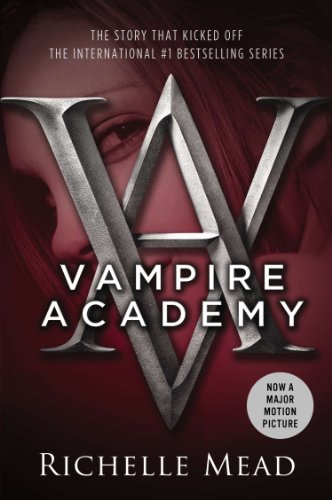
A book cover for Vampire Academy (Vampire Academy, Book 1); Richelle Mead; Romance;